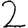
Digit: 2